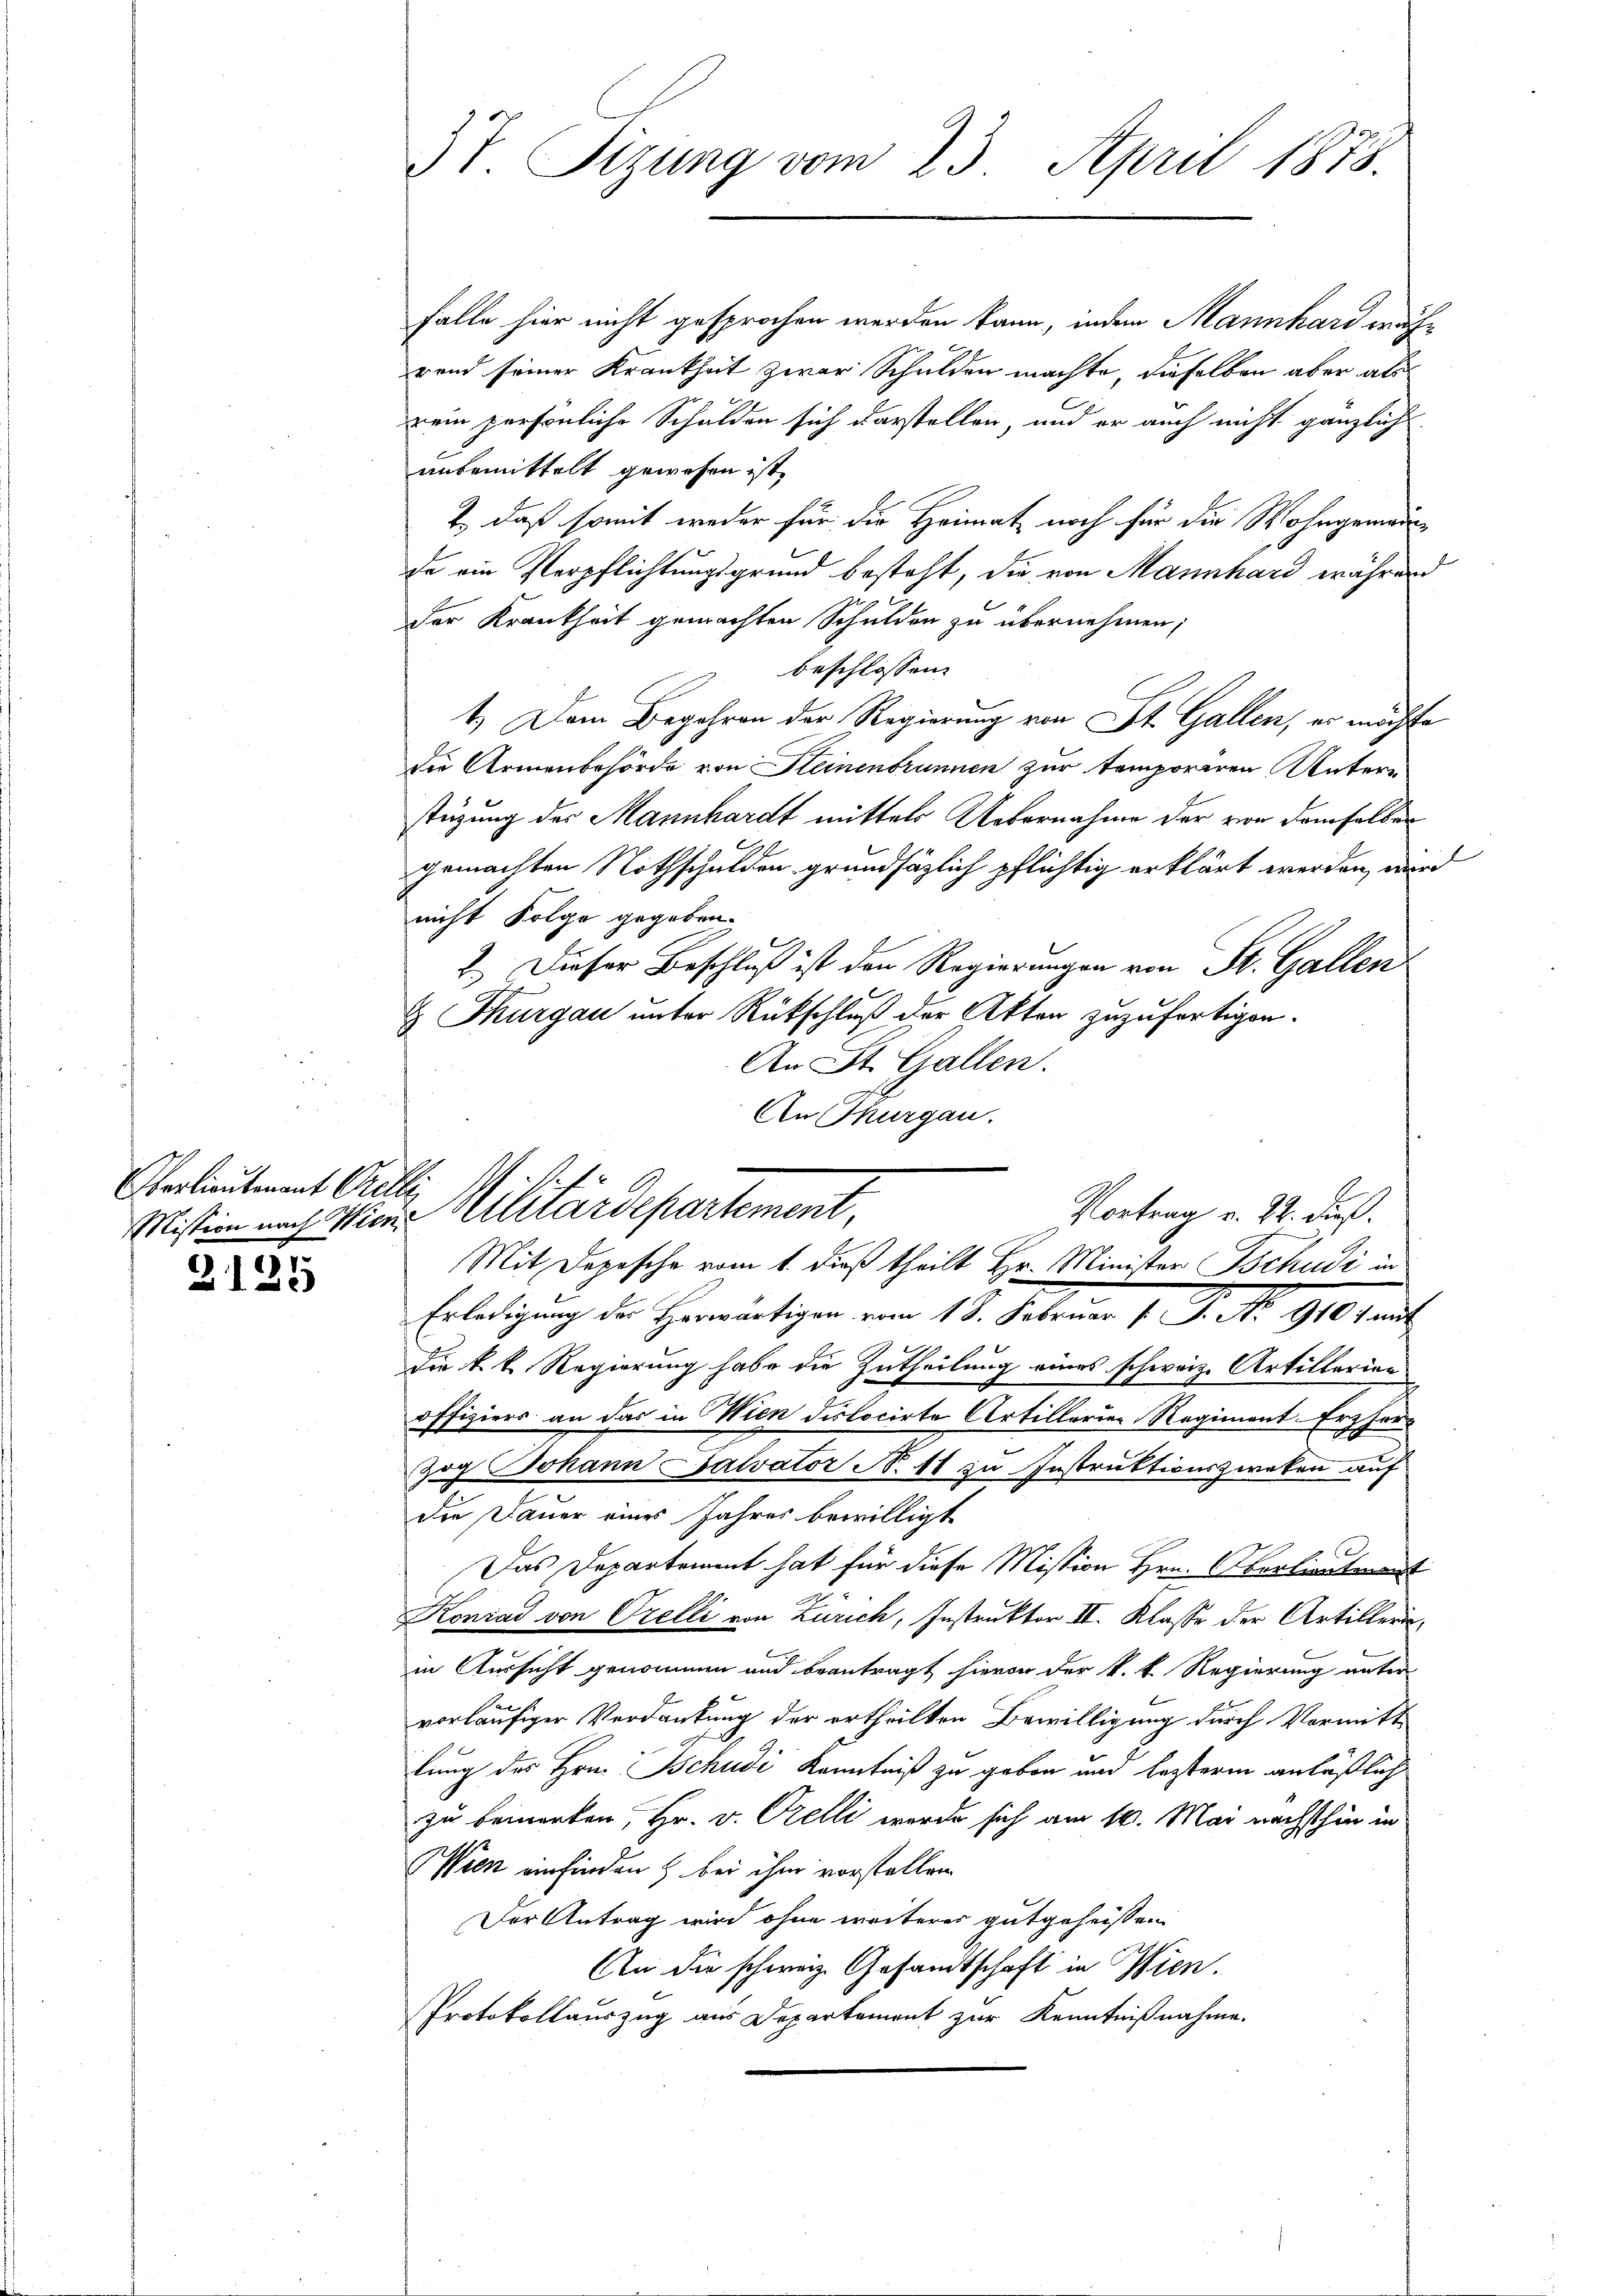
Oerlieutenant Orelle

5
210

3t. Sizung vom 23. April 1878.

Falle hier nicht gesprochen werden kann, indem Mannhard während seiner Krankheit zwar Schulden machte, dieselben aber als
rein persönliche Schulden sich darstellen, und er auch nicht gänzlich
unbemittelt gewesen ist,
1. daß somit weder für die Heimat noch für die Wohngemeinde ein Verpflichtungsgrund besteht, die von Mannhard während
der Krankheit gemachten Schulden zu übernehmen;
beschlossen:
1.) Dem Begehren der Regierung von St. Gallen, er möchte
die Armenbehörde von Kleinenbrunnen zur temporiren Unterstüzung des Mannhardt mittels Uebernahme der von demselber
gemachten Nothschulden grundsätzlich pflichtig erklärt werden, wird
nicht Folge gegeben.
2.) Dieser Beschluß ist den Regierungen von St. Gallen
 Thurgau unter Rückschluß der Akten zuzufertigen.
An St. Gallen.
An Thurgau.
Mit Depesche vom 1. dieß theilt Hr. Minister Tschudi in
Erledigung der Herwärtigen vom 15. Februar 1. J. No 910 au
Die k. k. Regierung habe die Zutheilung eines schweiz. Artillerien
offiziers an das in Wien dislocirte Artillerien Regiment. Erzher¬
Zog Johann Salvator N. 11 zu Instruktionszweken auf
die Dauer eines Jahres bewilligt
Das Departement hat für diese Mission Hrn. Oberlieutet
Konrad von Orelli von Zürich, Instruktor II. Klasse der Artilleriin Aussicht genommen und beantragt hievon der k. k. Regierung unter
vorläufiger Verdankung der ertheilten Bewilligung durch Vormitt
lung des Hrn. Tschudi Kenntniß zu geben und lezterm anläßlich
zu bemerken, Hr. v. Orelli werde sich am 10. Mai nächsthin in
Wien einfinden & bei ihm vorstellen
Der Antrag wird ohne weiterer gutgeheissen
An die schweiz. Gesandtschaft in Wien.
Protokollauszug aus Departement zur Kenntnißnahme.

Vortrag v. 22. dieß.
Mission nach Vier-Militärdepartement,